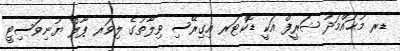
ޑރ މުޙައްމަދު ޝަރީފް އަކީ ޑޮކްޓަރ އިގިރޭސި ވިލާތުގެ ލިވަރ ޕޫލް ޔުނިވަސިޓީ